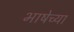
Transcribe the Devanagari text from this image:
भाषेच्‍या